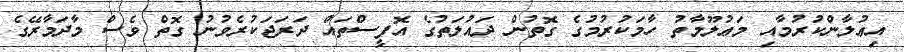
އިޢުލާންކުރުމާއި މަޢުލޫމާތު ހާމަކުރުމުގެ ގޮތުން ދައުލަތުގެ އޮފީސްތައް ދަރަޖަކުރެވުނު ގޮތް ވެސް މާދަމާރޭގެ